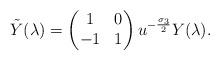
LaTeX: \begin{align*}{}\tilde{Y}(\lambda)=\left(\begin{matrix}1&0\\-1&1\end{matrix}\right)u^{-\frac{\sigma_{3}}{2}}Y(\lambda).\end{align*}